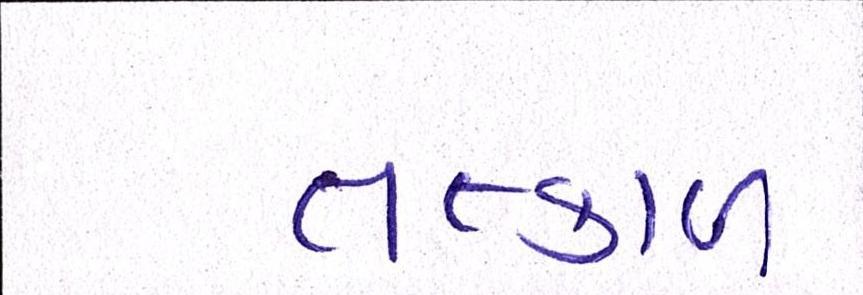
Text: તત્કાળ